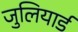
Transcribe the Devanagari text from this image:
जुलियार्ड